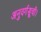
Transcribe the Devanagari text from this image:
अनुवर्गसूची।